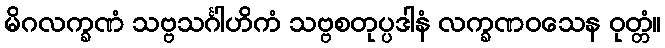
မိဂလက္ခဏံ သဗ္ဗသင်္ဂါဟိကံ သဗ္ဗစတုပ္ပဒါနံ လက္ခဏဝသေန ဝုတ္တံ။